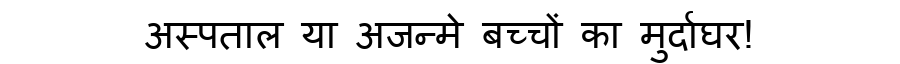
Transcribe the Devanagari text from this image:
अस्पताल या अजन्मे बच्चों का मुर्दाघर!